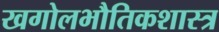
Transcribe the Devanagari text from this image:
खगोलभौतिकशास्त्र